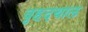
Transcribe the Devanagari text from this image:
वृहदथाल